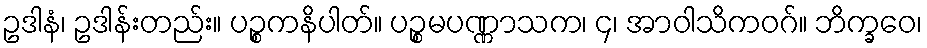
ဥဒါနံ၊ ဥဒါန်းတည်း။ ပဉ္စကနိပါတ်။ ပဉ္စမပဏ္ဏာသက၊ ၄၊ အာဝါသိကဝဂ်။ ဘိက္ခဝေ၊